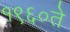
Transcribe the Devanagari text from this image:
१९६०ते